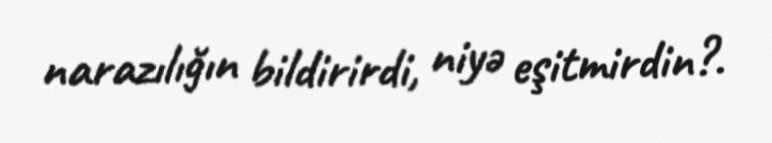
narazılığın bildirirdi, niyə eşitmirdin?.